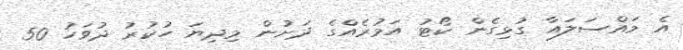
އެ މައްސަލައާ ގުޅިގެން ކޯޓު އަމުރެއްގެ ދަށުން މިދިޔަ ހުކުރު ދުވަހު 50